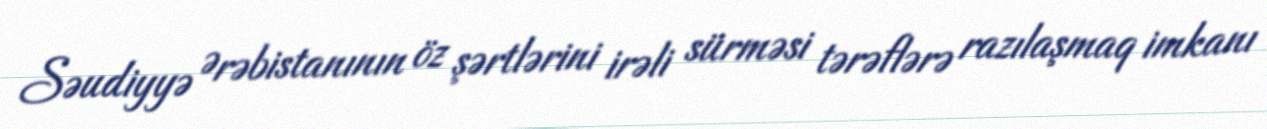
Səudiyyə Ərəbistanının öz şərtlərini irəli sürməsi tərəflərə razılaşmaq imkanı